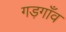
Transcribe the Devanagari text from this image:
गड़गाँव